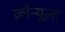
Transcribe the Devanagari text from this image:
क्रोन्यूला